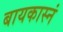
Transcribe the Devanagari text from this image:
बायकास्नं